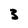
Character: 3